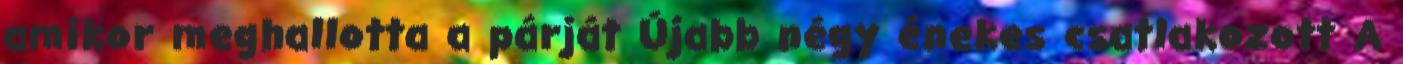
amikor meghallotta a párját Újabb négy énekes csatlakozott A